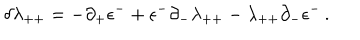
\delta \lambda _ { + + } = - \partial _ { + } \epsilon ^ { - } + \epsilon ^ { - } \partial _ { - } \lambda _ { + + } - \lambda _ { + + } \partial _ { - } \epsilon ^ { - } \, .